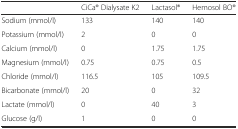
<table><thead><tr><td></td><td><b>CiCa® Dialysate K2</b></td><td><b>Lactasol®</b></td><td><b>Hemosol BO®</b></td></tr></thead><tbody><tr><td>Sodium (mmol/l)</td><td>133</td><td>140</td><td>140</td></tr><tr><td>Potassium (mmol/l)</td><td>2</td><td>0</td><td>0</td></tr><tr><td>Calcium (mmol/l)</td><td>0</td><td>1.75</td><td>1.75</td></tr><tr><td>Magnesium (mmol/l)</td><td>0.75</td><td>0.75</td><td>0.5</td></tr><tr><td>Chloride (mmol/l)</td><td>116.5</td><td>105</td><td>109.5</td></tr><tr><td>Bicarbonate (mmol/l)</td><td>20</td><td>0</td><td>32</td></tr><tr><td>Lactate (mmol/l)</td><td>0</td><td>40</td><td>3</td></tr><tr><td>Glucose (g/l)</td><td>1</td><td>0</td><td>0</td></tr></tbody></table>